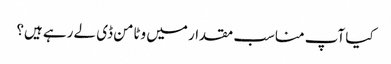
کیا آپ مناسب مقدار میں وٹامن ڈی لے رہے ہیں؟